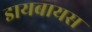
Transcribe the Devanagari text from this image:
डायबायस